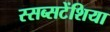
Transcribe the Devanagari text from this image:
स्सब्सटेंशिया